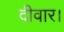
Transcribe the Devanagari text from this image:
दीवार।